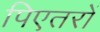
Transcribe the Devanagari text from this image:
पिएतरों